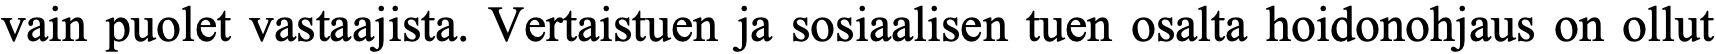
vain puolet vastaajista. Vertaistuen ja sosiaalisen tuen osalta hoidonohjaus on ollut